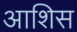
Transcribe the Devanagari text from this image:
आशिस